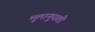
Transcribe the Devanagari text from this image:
मूलानुपाती